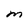
Character: M